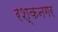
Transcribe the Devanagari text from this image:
रश्कनगर